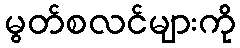
မွတ်စလင်များကို